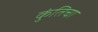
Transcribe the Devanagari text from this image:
कुंतिचा